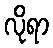
လိုရာ